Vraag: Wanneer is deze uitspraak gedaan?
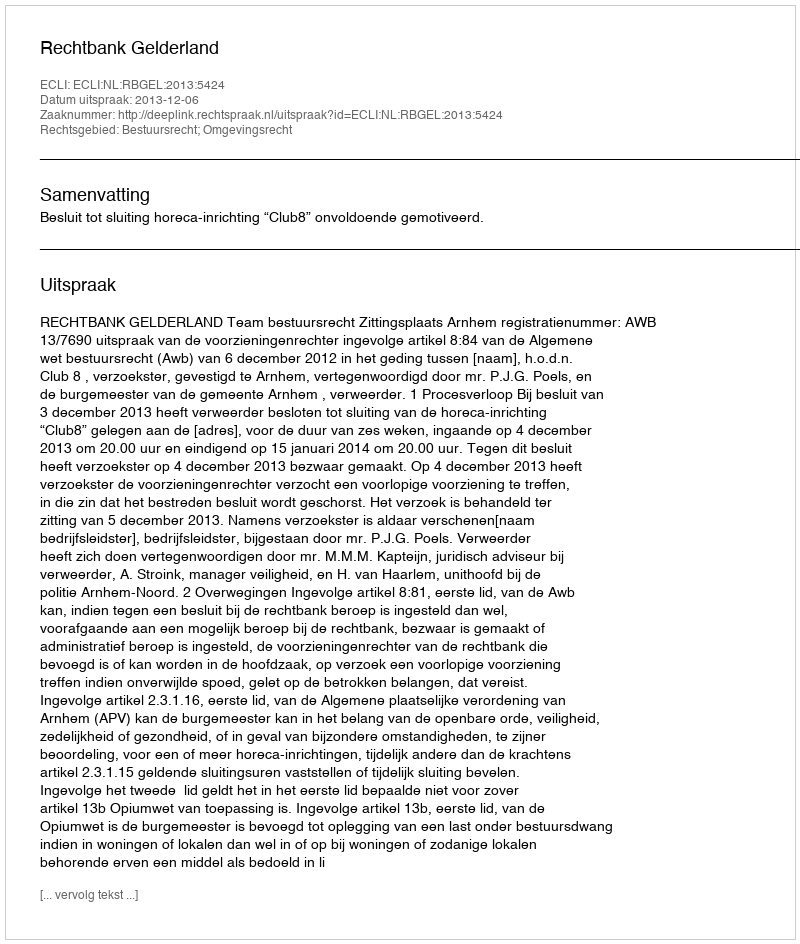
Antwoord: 2013-12-06